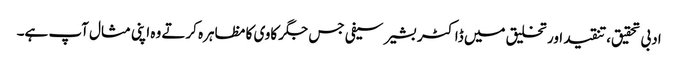
ادبی تحقیق،تنقید اور تخلیق میں ڈاکٹر بشیر سیفی جس جگر کاوی کا مظاہرہ کرتے وہ اپنی مثال آپ ہے۔